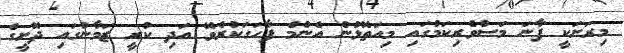
މިރަށަކީ ފާނަ މަސްވެރިކަމުގައި މިއަތޮޅުން އެންމެ ފާހަގަކުރެވޭ އަދި ކުރީ ޒަމާނުގައި ދޮށީގެ